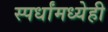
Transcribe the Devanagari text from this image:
स्पर्धांमध्येही